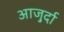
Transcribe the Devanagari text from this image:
आजु़र्दा